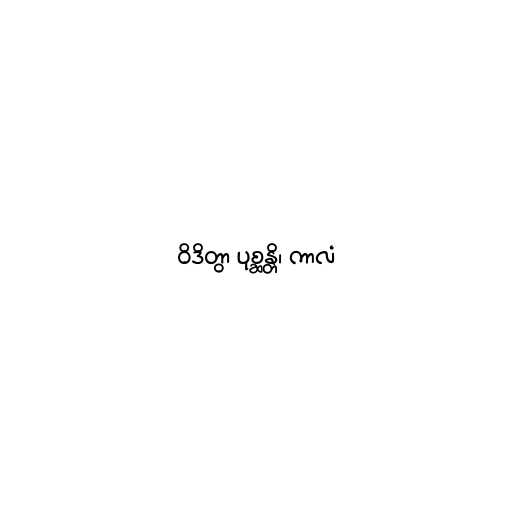
ဝိဒိတွာ ပုစ္ဆန္တိ၊ ကာလံ